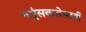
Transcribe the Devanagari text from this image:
नपुंसकतेसाठी